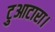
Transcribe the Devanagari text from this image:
टुआटारा।